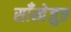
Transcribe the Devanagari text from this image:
साँखेजुङ